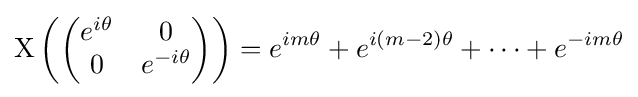
\mathrm {X} \left({\begin{pmatrix}e^{i\theta }&0\\0&e^{-i\theta }\end{pmatrix}}\right)=e^{im\theta }+e^{i(m-2)\theta }+\cdots +e^{-im\theta }